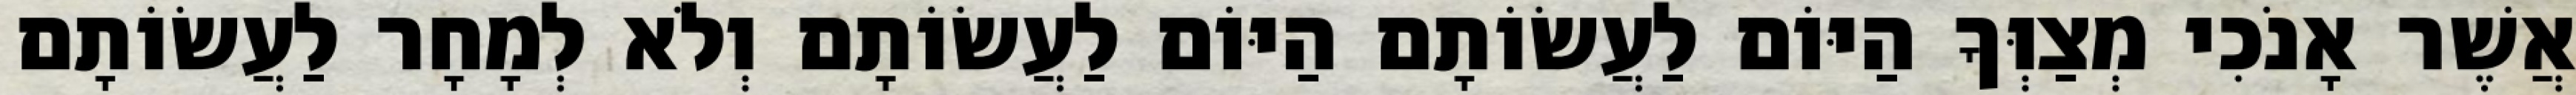
אֲשֶׁר אָנֹכִי מְצַוְּךָ הַיּוֹם לַעֲשׂוֹתָם הַיּוֹם לַעֲשׂוֹתָם וְלֹא לְמָחָר לַעֲשׂוֹתָם